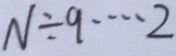
N \div 9 \cdots 2